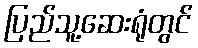
ပြည်သူ့ဆေးရုံတွင်